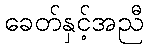
ခေတ်နှင့်အညီ